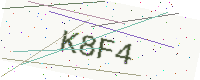
Text: K8F4